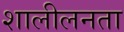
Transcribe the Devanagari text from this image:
शालीलनता